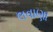
લવાણા